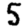
Digit: 5